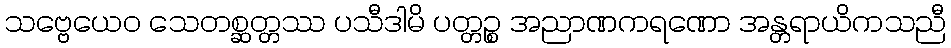
သဗ္ဗေယေဝ သေတစ္ဆတ္တဿ ပသီဒါမိ ပတ္တဉ္စ အညာဏကရဏော အန္တရာယိကသညီ